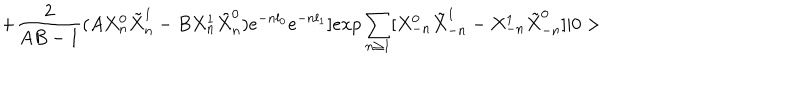
LaTeX: + \frac { 2 } { A B - 1 } ( A X _ { n } ^ { 0 } \tilde { X } _ { n } ^ { 1 } - B X _ { n } ^ { 1 } \tilde { X } _ { n } ^ { 0 } ) e ^ { - n l _ { 0 } } e ^ { - n l _ { 1 } } ] e x p \sum _ { n \geq 1 } [ X _ { - n } ^ { 0 } \tilde { X } _ { - n } ^ { 1 } - X _ { - n } ^ { 1 } \tilde { X } _ { - n } ^ { 0 } ] | 0 >